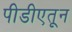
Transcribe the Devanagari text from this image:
पीडीएतून